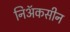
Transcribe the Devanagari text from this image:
निॲकसीन